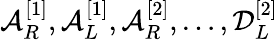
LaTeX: \mathcal{A}_{R}^{[1]},\mathcal{A}_{L}^{[1]},\mathcal{A}_{R}^{[2]},\dots,\mathcal{D}_{L}^{[2]}